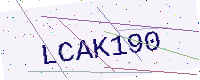
Text: LCAK190